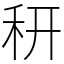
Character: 䄯